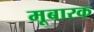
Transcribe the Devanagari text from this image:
मूबारक